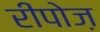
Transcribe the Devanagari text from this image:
रीपोज़